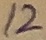
Text: 12